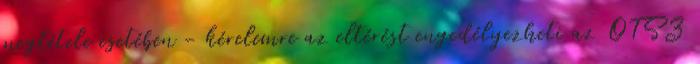
megtétele esetében - kérelemre az eltérést engedélyezheti az OTSZ